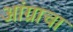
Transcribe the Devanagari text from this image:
आंग्राचा